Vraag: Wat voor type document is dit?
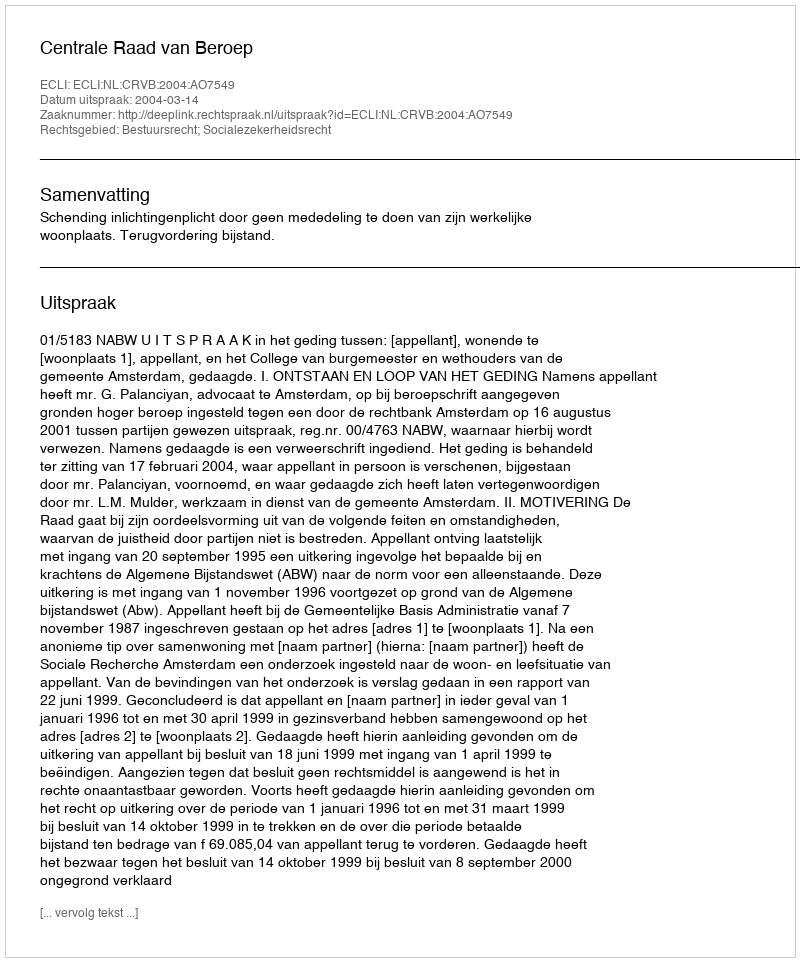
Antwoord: Uitspraak